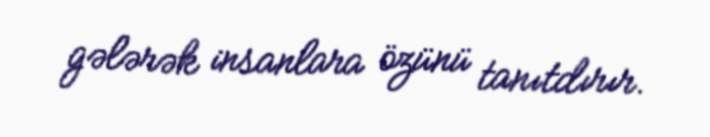
gələrək insanlara özünü tanıtdırır.